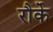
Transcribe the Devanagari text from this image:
रौर्के